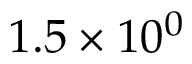
1 . 5 \times 1 0 ^ { 0 }